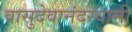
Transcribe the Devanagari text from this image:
वासुदेवानंदस्वामी